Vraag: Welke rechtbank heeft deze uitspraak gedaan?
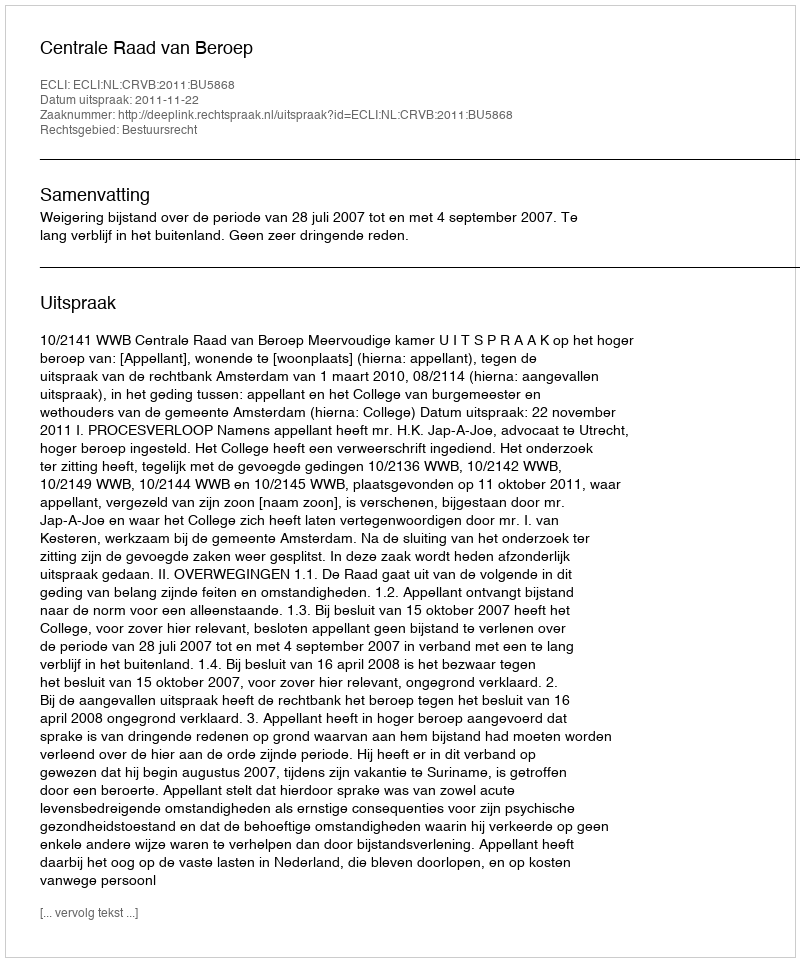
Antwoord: Centrale Raad van Beroep